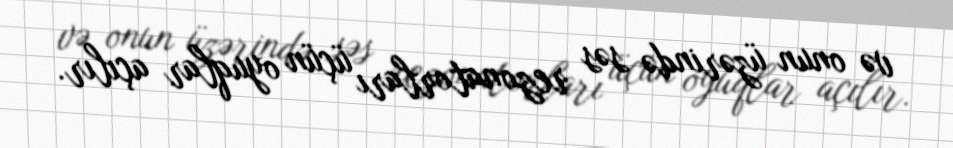
və onun üzərində səs rezonatorları üçün oyuqlar açılır.